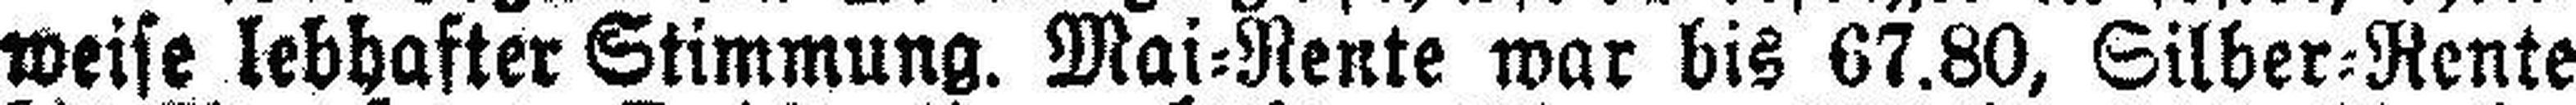
weise lebhafter Stimmung. Mai=Rente war bis 67.80, Silber=Rente